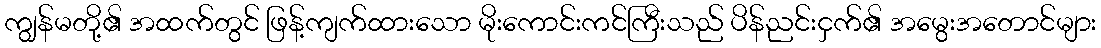
ကျွန်မတို့၏ အထက်တွင် ဖြန့်ကျက်ထားသော မိုးကောင်းကင်ကြီးသည် ပိန်ညင်းငှက်၏ အမွေးအတောင်များ